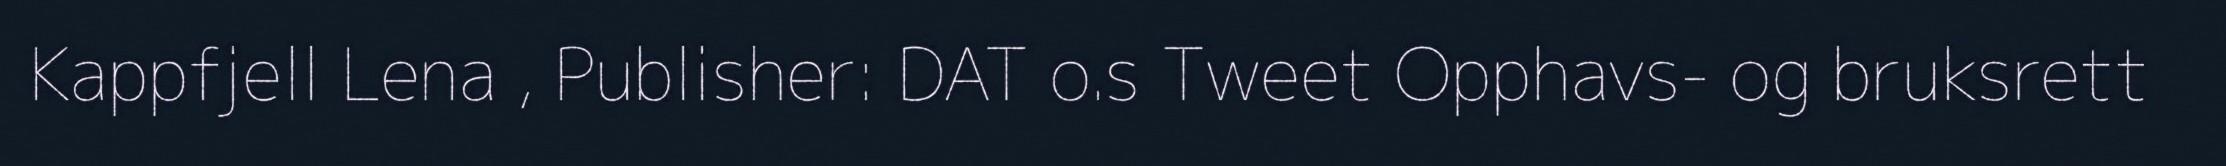
Kappfjell Lena , Publisher: DAT o.s Tweet Opphavs- og bruksrett